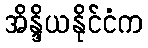
အိန္ဒိယနိုင်ငံက